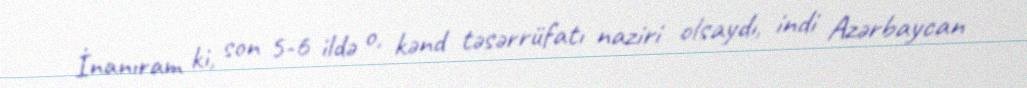
İnanıram ki, son 5-6 ildə o, kənd təsərrüfatı naziri olsaydı, indi Azərbaycan